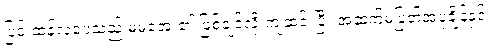
ပြင်းထန်လှပေသည် မမအေး၏ ဖြစ်ချင်လို့ ကျဆင်းပြီး အဆက်မပြတ်အပူချိန်နှင့်